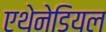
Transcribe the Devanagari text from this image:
एथेनेडियल